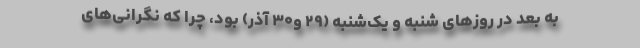
به بعد در روزهای شنبه و یک‌شنبه (۲۹ و۳۰ آذر) بود، چرا که نگرانی‌های